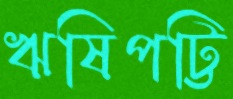
ঋষিপট্টি